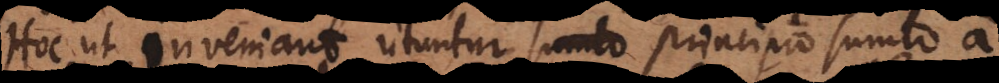
Hoc ut inveniant utuntur principio sumto a